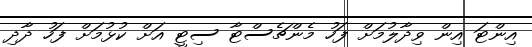
އިންޓަ އިން ވިދާލުމަށް ފަހު މެންޗެސްޓާ ސިޓީ އަށް ކުޅުމަށް ފަހު ދާދި